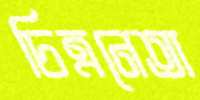
চিত্রনেতা